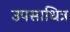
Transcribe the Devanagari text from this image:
उपसाधित्र